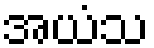
အယံသ